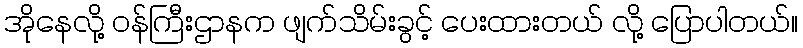
အိုနေလို့ ဝန်ကြီးဌာနက ဖျက်သိမ်းခွင့် ပေးထားတယ် လို့ ပြောပါတယ်။